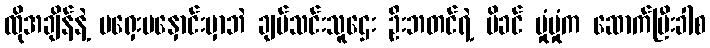
ထိုအချိန်နဲ့ မရှေးမနှောင်းမှာဘဲ ချပ်သင်းသူဌေး ဦးဘတင်ရဲ့ မိခင် မှုံမှုံက ဆောက်ပြီးခါစ